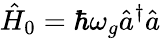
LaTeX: \hat{H}_{0}=\hbar\omega_{g}\hat{a}^{\dagger}\hat{a}